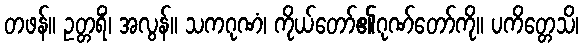
တဖန်။ ဥတ္တရိံ၊ အလွန်။ သကဂုဏံ၊ ကိုယ်တော်၏ဂုဏ်တော်ကို။ ပကိတ္တေသိ၊